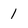
Character: 1